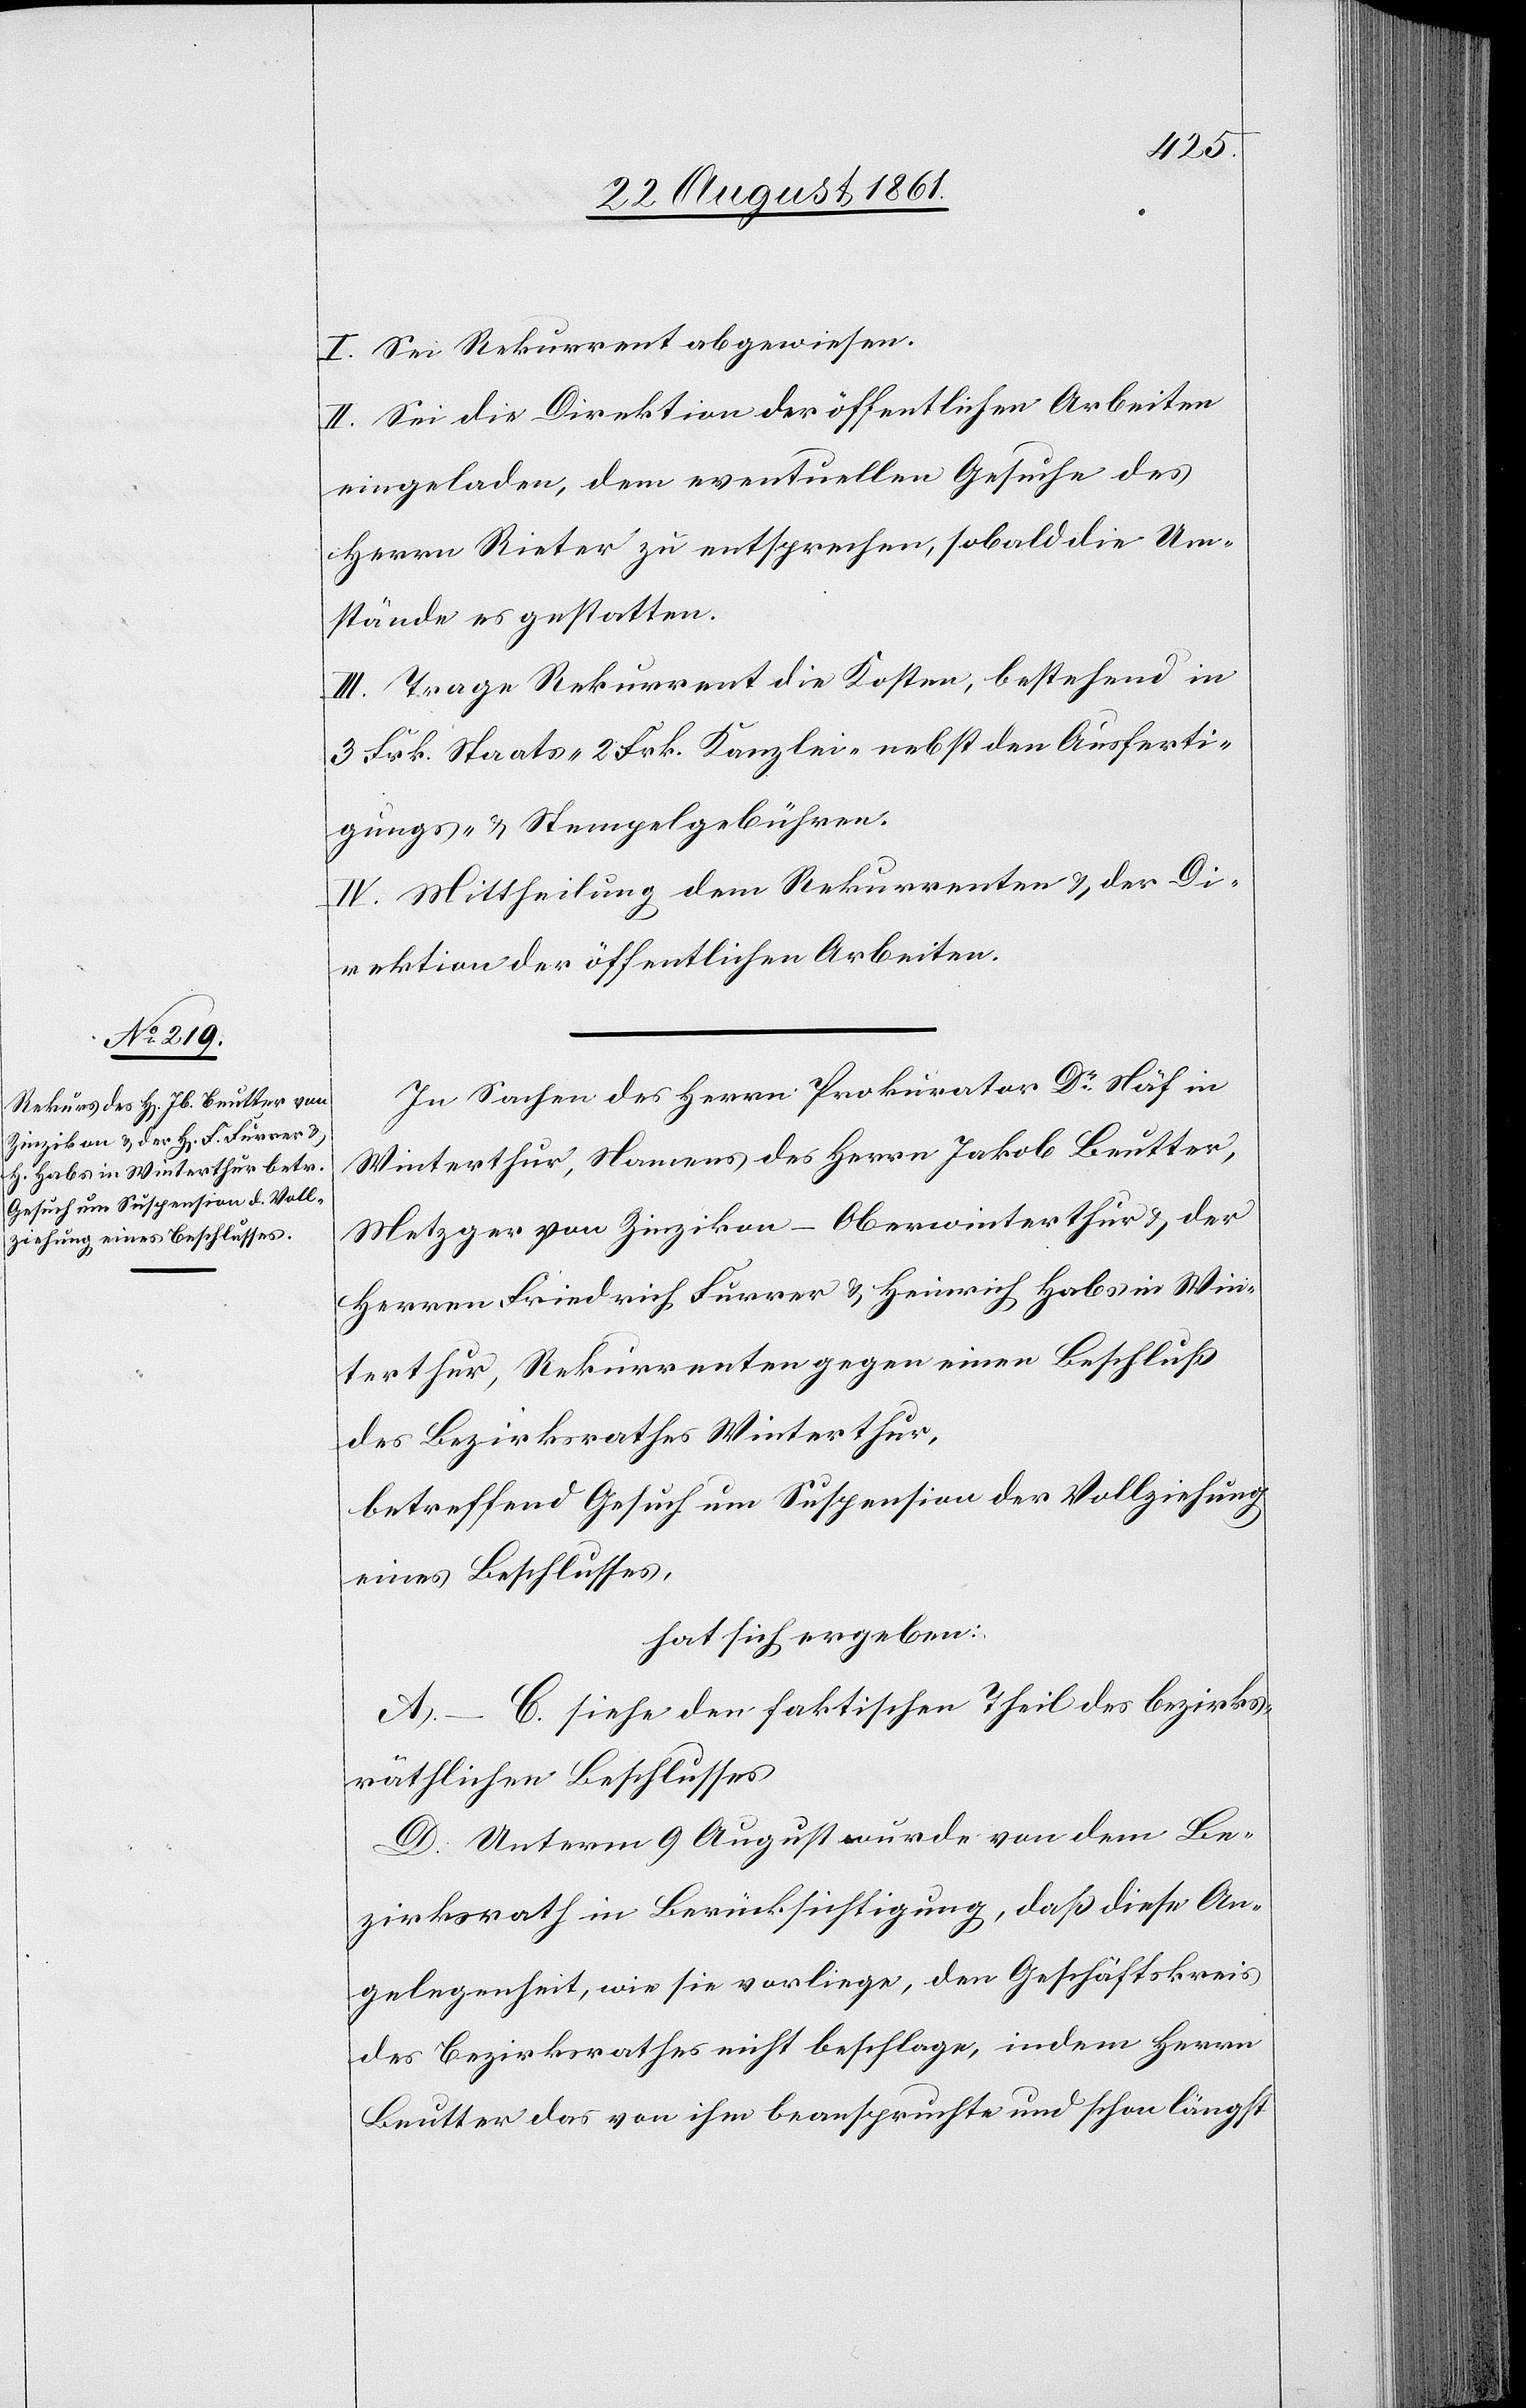
I. Sei Rekurrent abgewiesen.
II. Sei die Direktion der öffentlichen Arbeiten
eingeladen, dem eventuellen Gesuche des
Herrn Rieter zu entsprechen, sobald die Um¬
stände es gestatten.
III. Trage Rekurrent die Kosten, bestehend in
3 Frk. Staats- 2 Frk. Kanzlei- nbest den Ausferti¬
gungs- u. Stempelgebühren.
IV. Mittheilung dem Rekurrenten u. der Di¬
rektion der öffentlichen Arbeiten.
In Sachen des Herrn Prokurator Dr Näf in
Winterthur, Namens des Herrn Jakob Beutter,
Metzger von Zinzikon-Oberwinterthur u. der
Herren Friedrich Furrer u. Heinrich Habs in Win¬
terthur, Rekurrenten gegen einen Beschluß
des Bezirksrathes Winterthur,
betreffend Gesuch um Suspension der Vollziehung
eines Beschlusses,
hat sich ergeben:
A.–C. siehe den faktischen Theil des bezirks¬
räthlichen Beschlusses
D. Unterm 9 August wurde von dem Be¬
zirksrath in Berücksichtigung, daß diese An¬
gelegenheit, wie sie vorliege, den Geschäftskreis
des Bezirksrathes nicht beschlage, indem Herrn
Beutter das von ihm beanspruchte und schon längst